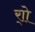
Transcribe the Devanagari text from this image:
र्‍ाो